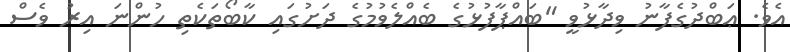
އެވެ. ޢަބްދުގެފާނު ވިދާޅުވީ "ބައްޕާފުޅުގެ ބެއްލެވުމުގެ ދަށުގައި ކާބޯތަކެތި ހުންނަ އިރު ވެސް